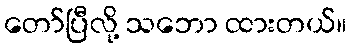
တော်ပြီလို့ သဘော ထားတယ်။